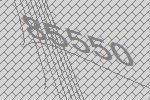
85550